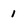
Character: 1